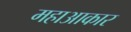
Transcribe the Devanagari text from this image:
महाआकार